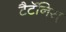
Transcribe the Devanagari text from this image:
टैटॅनिस्